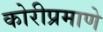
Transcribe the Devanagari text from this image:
कोरीप्रमाणे